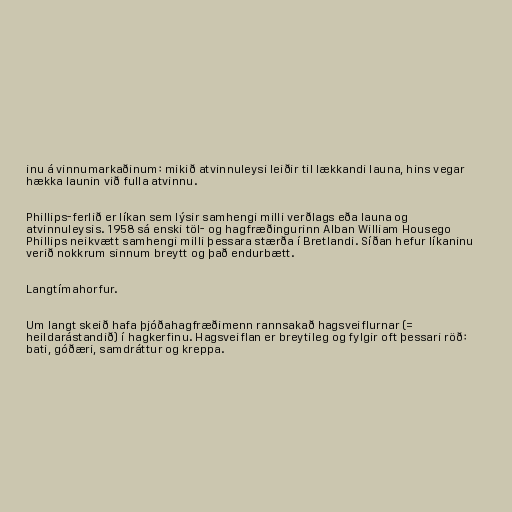
inu á vinnumarkaðinum: mikið atvinnuleysi leiðir til lækkandi launa, hins vegar
hækka launin við fulla atvinnu.

Phillips-ferlið er líkan sem lýsir samhengi milli verðlags eða launa og
atvinnuleysis. 1958 sá enski töl- og hagfræðingurinn Alban William Housego
Phillips neikvætt samhengi milli þessara stærða í Bretlandi. Síðan hefur líkaninu
verið nokkrum sinnum breytt og það endurbætt.

Langtímahorfur.

Um langt skeið hafa þjóðahagfræðimenn rannsakað hagsveiflurnar (=
heildarástandið) í hagkerfinu. Hagsveiflan er breytileg og fylgir oft þessari röð:
bati, góðæri, samdráttur og kreppa.